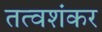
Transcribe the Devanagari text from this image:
तत्वशंकर